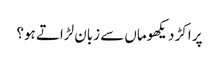
پر اکڑ دیکھوماں سے زبان لڑاتے ہو؟